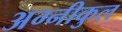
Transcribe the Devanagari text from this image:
अग्‍नीकुल